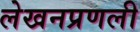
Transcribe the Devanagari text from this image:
लेखनप्रणली